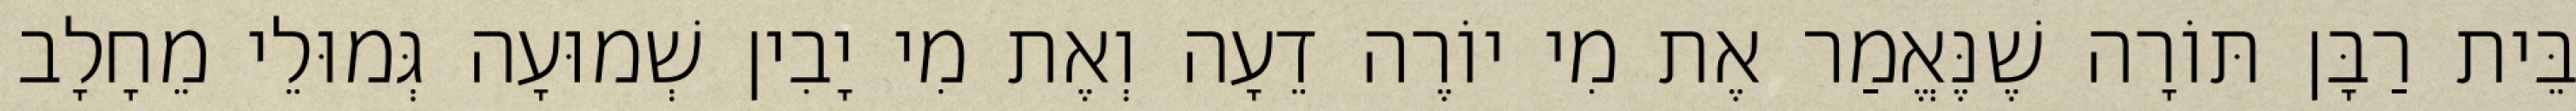
בֵּית רַבָּן תּוֹרָה שֶׁנֶּאֱמַר אֶת מִי יוֹרֶה דֵעָה וְאֶת מִי יָבִין שְׁמוּעָה גְּמוּלֵי מֵחָלָב